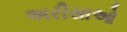
અરીસાઓ